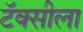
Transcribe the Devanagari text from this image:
टॅक्सीला